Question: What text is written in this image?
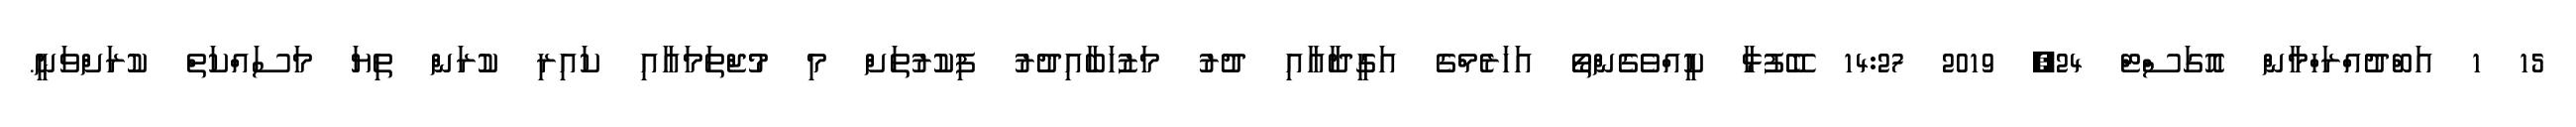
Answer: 15 1 އަބްދުއްރަހްމާން އޮގަސްޓް 24, 2019 14:27 ބޭފުޅާ ކީއްވެގެންތޯ އަހަރެމްގެ އަގީދާއާއި ދުރު މަޒުހަބާއިދުރު ފިކުރުތަށް މި މުޖްތަމައާއި ކައިރި ކުރަން ތިޔަ މަސައްކަތް ކުރަށްވަނީ.